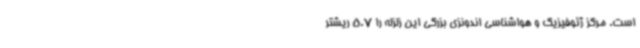
است. مرکز ژئوفیزیک و هواشناسی اندونزی بزرگی این زلزله را 5.7 ریشتر